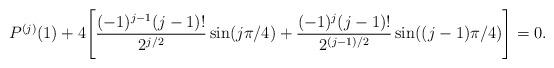
LaTeX: \begin{align*}P^{(j)}(1)+4\Biggl[ \frac{(-1)^{j-1}(j-1)!}{2^{j/2}}\sin (j \pi/4)+\frac{(-1)^{j}(j-1)!}{2^{(j-1)/2}}\sin ((j-1) \pi/4) \Biggr]=0.\end{align*}